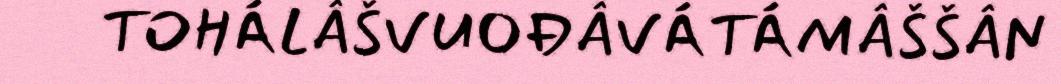
TOHÁLÂŠVUOĐÂVÁTÁMÂŠŠÂN